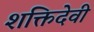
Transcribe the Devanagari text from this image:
शक्तिदेवी